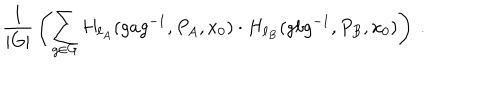
{ \frac { 1 } { | G | } } \left( \sum _ { g \in G } H _ { \ell _ { A } } ( g a g ^ { - 1 } , P _ { A } , x _ { 0 } ) \cdot H _ { \ell _ { B } } ( g b g ^ { - 1 } , P _ { B } , x _ { 0 } ) \right) ~ .